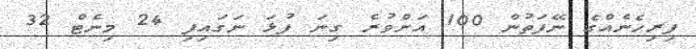
ފިރިހެނެއްގެ ނޭފަތުން 100 އަށްވުރެ ގިނަ ފުޅަ ނަގައިފި 24 މިނެޓް 32